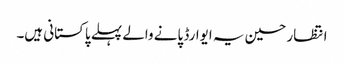
انتظار حسین یہ ایوارڈ پانے والے پہلے پاکستانی ہیں۔